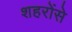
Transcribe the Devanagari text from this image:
शहरोंसे